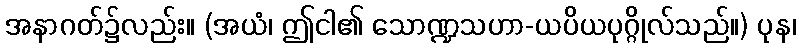
အနာဂတ်၌လည်း။ (အယံ၊ ဤငါ၏ သောဏ္ဍသဟာ-ယပိယပုဂ္ဂိုလ်သည်။) ပုန၊